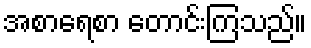
အစာရေစာ တောင်းကြသည်။